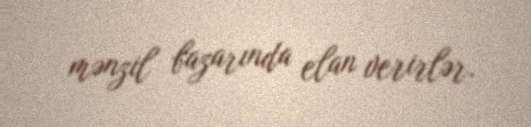
mənzil bazarında elan verirlər.